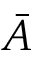
\bar { A }